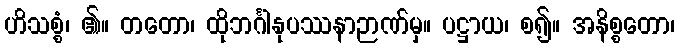
ဟိသစ္စံ၊ ၏။ တတော၊ ထိုဘင်္ဂါနုပဿနာဉာဏ်မှ။ ပဋ္ဌာယ၊ စ၍။ အနိစ္စတော၊